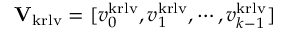
\mathbf { V } _ { \mathrm { k r l v } } = [ \ensuremath \boldsymbol { v } _ { 0 } ^ { \mathrm { k r l v } } , \ensuremath \boldsymbol { v } _ { 1 } ^ { \mathrm { k r l v } } , \cdots , \ensuremath \boldsymbol { v } _ { k - 1 } ^ { \mathrm { k r l v } } ]